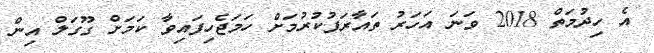
އެ ހިދުމަތް 2018 ވަނަ އަހަރު ތައާރަފުކުރުމަށް ހަމަޖެހިފައިވާ ކަމަށް ގޫގަލް އިން